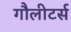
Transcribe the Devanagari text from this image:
गौलीटर्स